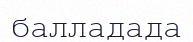
балладада